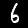
Label: 6